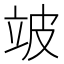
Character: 𬔜